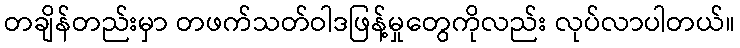
တချိန်တည်းမှာ တဖက်သတ်ဝါဒဖြန့်မှုတွေကိုလည်း လုပ်လာပါတယ်။